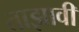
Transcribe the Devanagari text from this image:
ताझावी